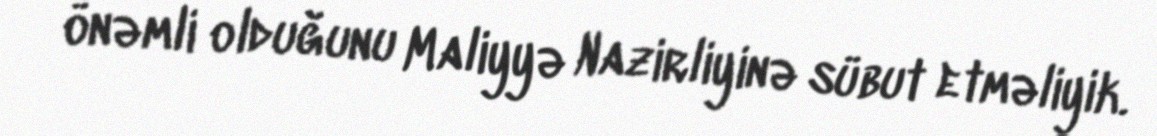
önəmli olduğunu Maliyyə Nazirliyinə sübut etməliyik.